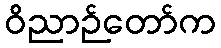
ဝိညာဉ်တော်က